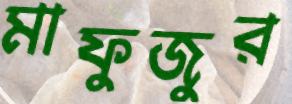
মাফুজুর